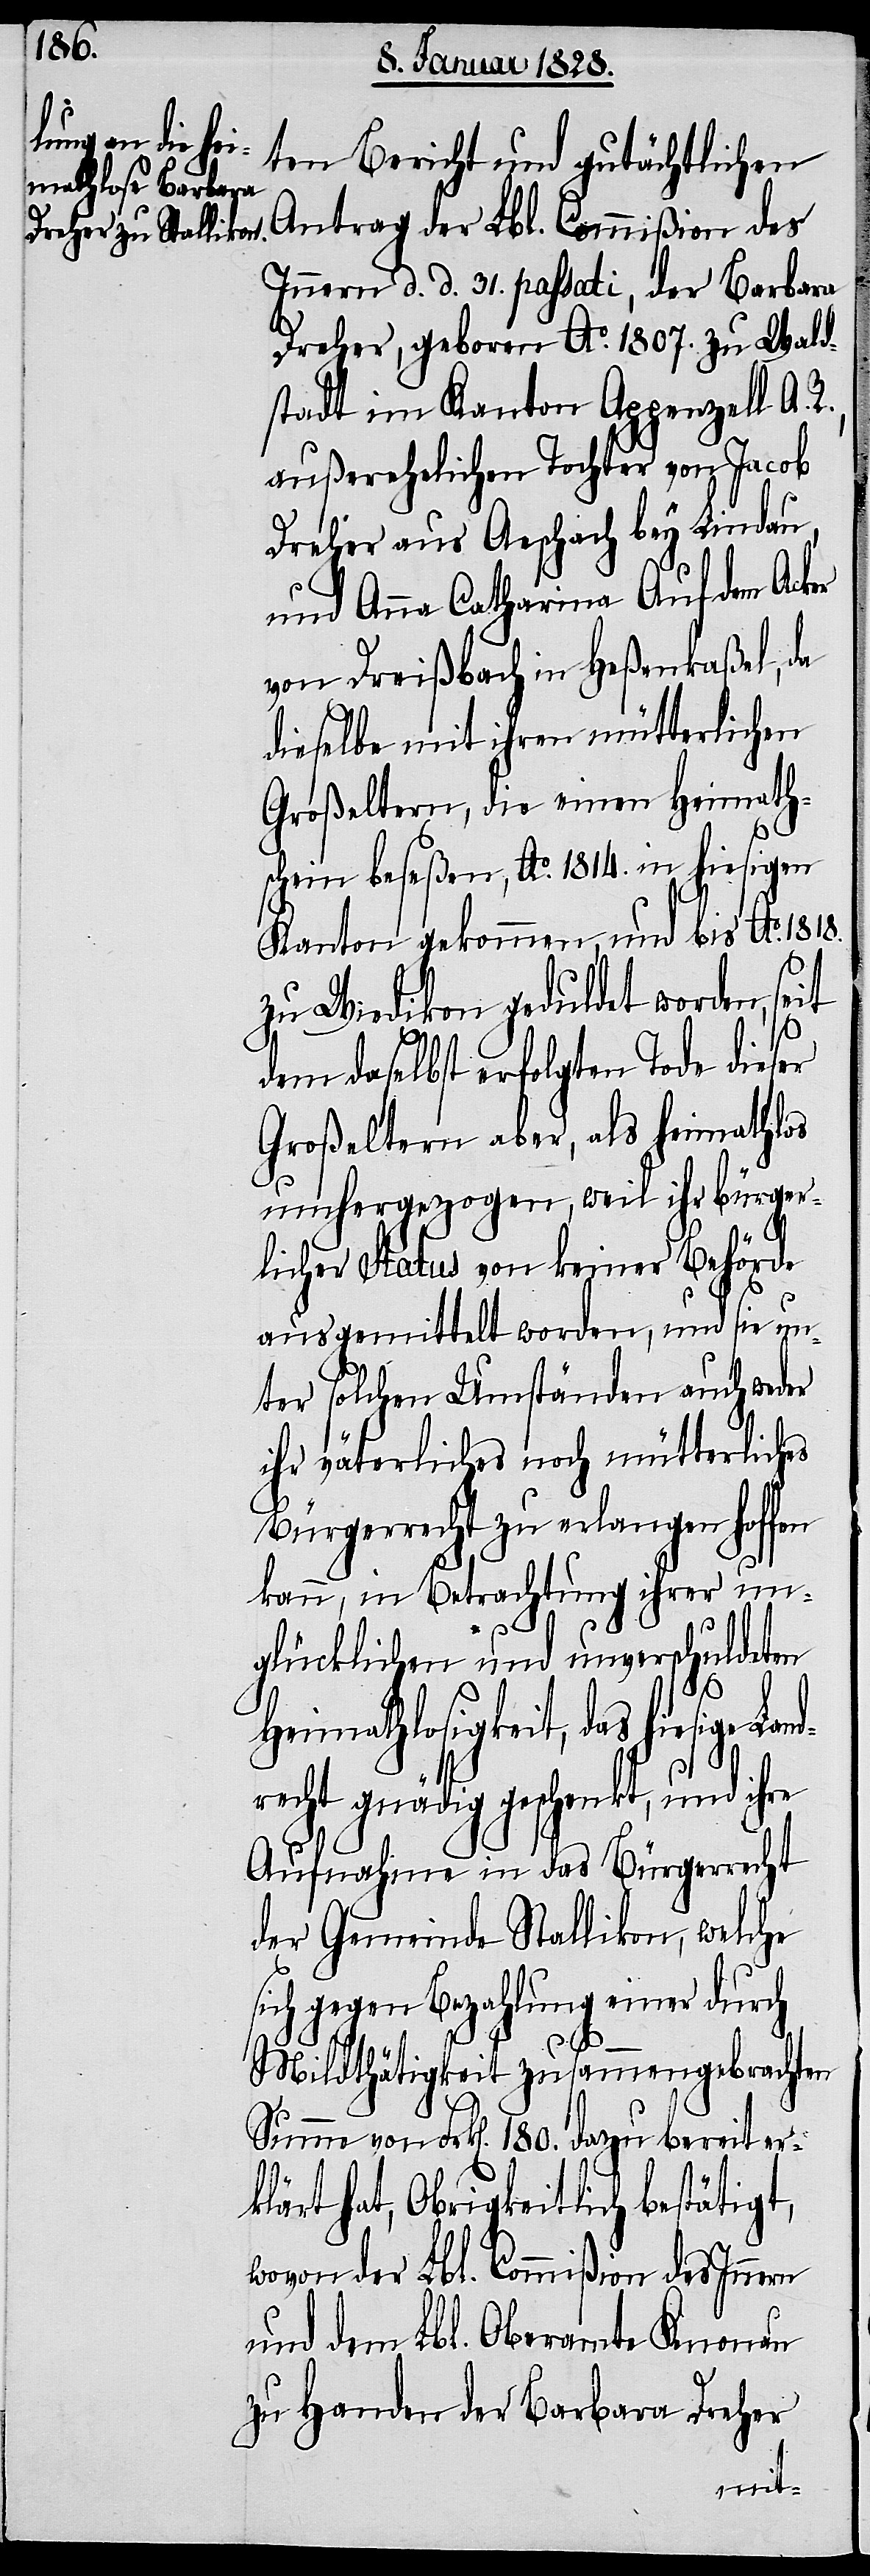
ten Bericht und gutächtlichen
Antrag der Lbl. Commißion des
Innern d. d. 31. passati, der Barbara
Dreher, geboren Ao. 1807. zu Wald¬
stadt im Kanton Appenzell A.
außerehelichen Tochter von Jacob
Dreher aus Aeschach bey Lindau,
und Anna Catharina Auf dem Acker
von Dreißbach in Heßenkaßel, da
dieselbe mit ihren mütterlichen
Großeltern, die einen Heimath¬
schein besaßen, Ao. 1814. in hiesigen
Kanton gekommen, und bis Ao. 1818.
zu Wiedikon geduldet worden,
dem daselbst erfolgten Tode dieser
Großeltern aber, als heimathlos
umhergezogen, weil ihr bürger¬
licher Status von keiner Behörde
seit
ausgemittelt worden, und sie un¬
ter solchen Umständen auch weder
ihr väterliches noch mütterliches
Bürgerrecht zu erlangen hoffen
kann, in Betrachtung ihrer un¬
glücklichen und unverschuldeten
Heimathlosigkeit, das hiesige Lan¬
drecht gnädig geschenkt, und ihre
Aufnahme in das Bürgerrecht
der Gemeinde Stallikon, welche
sich gegen Bezahlung einer durch
Mildthätigkeit zusammengebrachten
Summe von Frk[en]. 180. dazu bereit er¬
klärt hat, Obrigkeitlich bestätigt,
wovon der Lbl. Commißion des Innern
und dem Lbl. Oberamte Knonau
zu Handen der Barbara Dreher